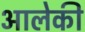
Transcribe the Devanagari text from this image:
आलेकी